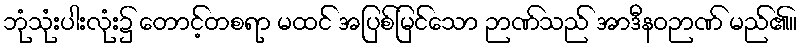
ဘုံသုံးပါးလုံး၌ တောင့်တစရာ မထင် အပြစ်မြင်သော ဉာဏ်သည် အာဒီနဝဉာဏ် မည်၏။